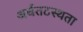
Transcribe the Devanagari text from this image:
अर्धतटस्थता